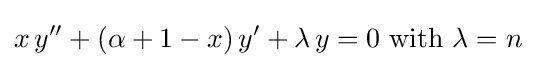
x\,y''+(\alpha +1-x)\,y'+\lambda \,y=0{\text{ with }}\lambda =n